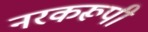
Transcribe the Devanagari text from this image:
नरकरूपी